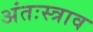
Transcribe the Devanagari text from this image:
अंतःस्त्राव